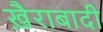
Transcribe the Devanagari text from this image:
ख़ैराबादी